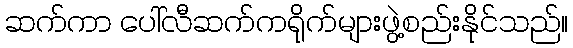
ဆက်ကာ ပေါ်လီဆက်ကရိုက်များဖွဲ့စည်းနိုင်သည်။